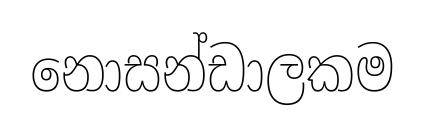
නොසන්ඩාලකම